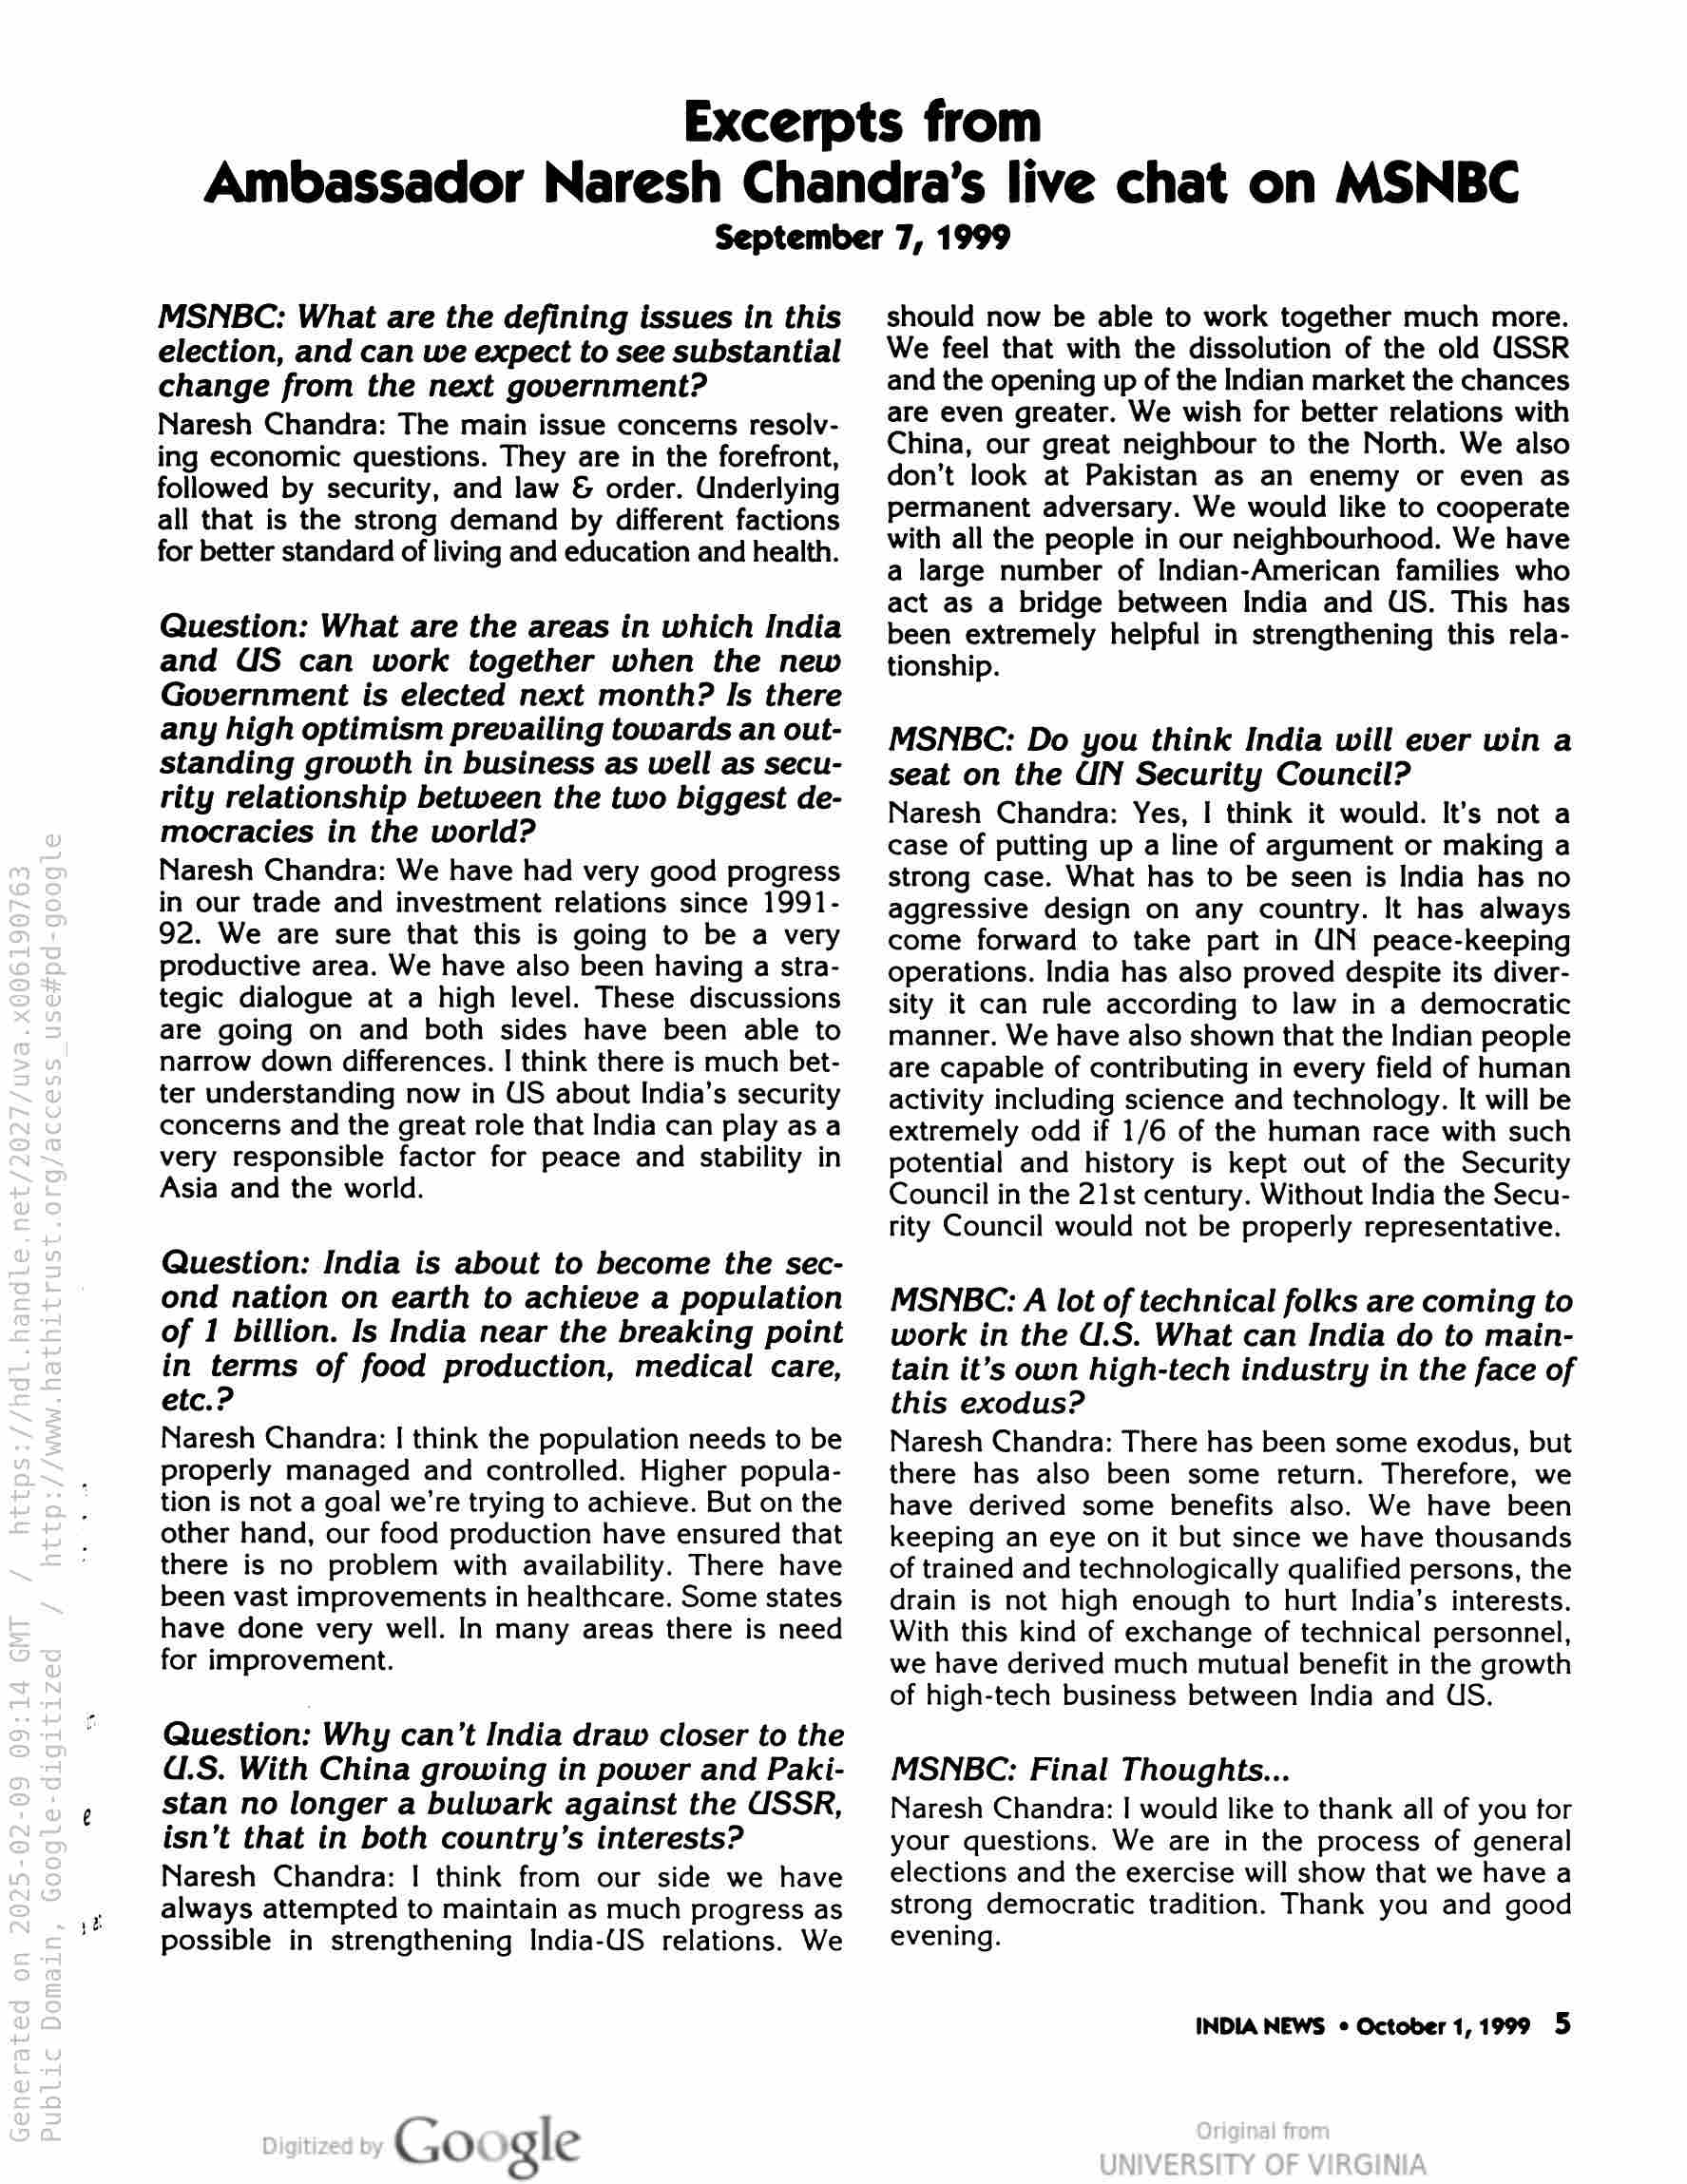
Excerpts from
Ambassador Naresh Chandra’s live chat on MSNBC

September 7, 1999

MSNBC: What are the defining issues in this
election, and can we expect to see substantial
change from the next government?

Naresh Chandra: The main issue concerns resolv-
ing economic questions. They are in the forefront,
followed by security, and law & order. Underlying
all that is the strong demand by different factions
for better standard of living and education and health.

Question: What are the areas in which India
and US can work together when the new
Government is elected next month? Is there
any high optimism prevailing towards an out-
standing growth in business as well as secu-
rity relationship between the two biggest de-
mocracies in the world?

Naresh Chandra: We have had very good progress
in our trade and investment relations since 1991-
92. We are sure that this is going to be a very
productive area. We have also been having a stra-
tegic dialogue at a high level. These discussions
are going on and both sides have been able to
narrow down differences. | think there is much bet-
ter understanding now in US about India’s security
concerns and the great role that India can play as a
very responsible factor for peace and stability in
Asia and the world.

Question: India is about to become the sec-
ond nation on earth to achieve a population
of 1 billion. Is India near the breaking point
in terms of food production, medical care,
etc.?

Naresh Chandra: | think the population needs to be
properly managed and controlled. Higher popula-
tion is not a goal we're trying to achieve. But on the
other hand, our food production have ensured that
there is no problem with availability. There have
been vast improvements in healthcare. Some states
have done very well. In many areas there is need
for improvement.

Question: Why can’t India draw closer to the
d.S. With China growing in power and Paki-
stan no longer a bulwark against the USSR,
isn't that in both country’s interests?

Naresh Chandra: | think from our side we have
always attempted to maintain as much progress as
possible in strengthening India-US relations. We

Google

should now be able to work together much more.
We feel that with the dissolution of the old USSR
and the opening up of the Indian market the chances
are even greater. We wish for better relations with
China, our great neighbour to the North. We also
don’t look at Pakistan as an enemy or even as
permanent adversary. We would like to cooperate
with all the people in our neighbourhood. We have
a large number of Indian-American families who
act as a bridge between India and US. This has
been extremely helpful in strengthening this rela-
tionship.

MSNBC: Do you think India will ever win a
seat on the UN Security Council?

Naresh Chandra: Yes, | think it would. It’s not a
case of putting up a line of argument or making a
strong case. What has to be seen is India has no
aggressive design on any country. It has always
come forward to take part in UN peace-keeping
operations. India has also proved despite its diver-
sity it can rule according to law in a democratic
manner. We have also shown that the Indian people
are capable of contributing in every field of human
activity including science and technology. It will be
extremely odd if 1/6 of the human race with such
potential and history is kept out of the Security
Council in the 21st century. Without India the Secu-
rity Council would not be properly representative.

MSNBC: A lot of technical folks are coming to
work in the U.S. What can India do to main-
tain it’s own high-tech industry in the face of
this exodus?

Naresh Chandra: There has been some exodus, but
there has also been some return. Therefore, we
have derived some benefits also. We have been
keeping an eye on it but since we have thousands
of trained and technologically qualified persons, the
drain is not high enough to hurt India’s interests.
With this kind of exchange of technical personnel,
we have derived much mutual benefit in the growth
of high-tech business between India and US.

MSNBC: Final Thoughts...

Naresh Chandra: | would like to thank all of you tor
your questions. We are in the process of general
elections and the exercise will show that we have a
strong democratic tradition. Thank you and good
evening.

INDIA NEWS ° October 1,1999 5